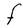
Character: F